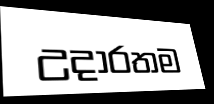
උදාරතම